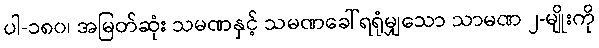
ပါ-၁၈၀၊ အမြတ်ဆုံး သမဏနှင့် သမဏခေါ်ရရုံမျှသော သာမဏ ၂-မျိုးကို